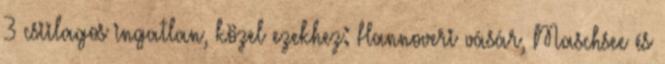
3 csiilagos ingatlan, közel ezekhez: Hannoveri vásár, Maschsee és